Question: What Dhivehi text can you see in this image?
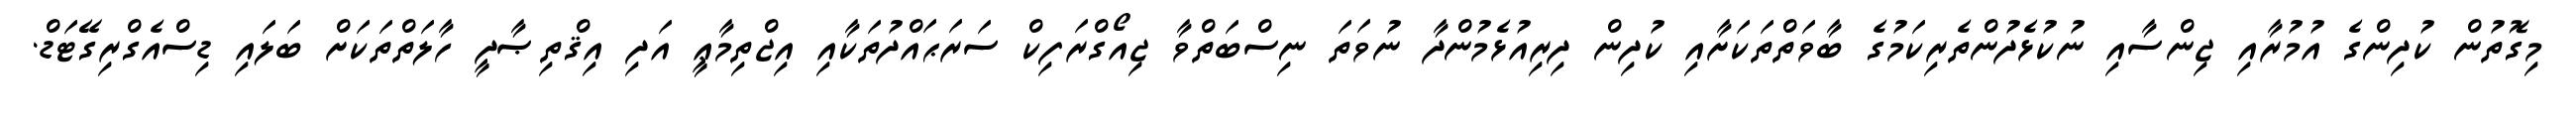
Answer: މިގޮތުން ކުދިންގެ އުމުރާއި ޖިންސާއި ނުކުޅެދުންތެރިކަމުގެ ބާވަތްތަކަށާއި ކުދިން ދިރިއުޅެމުންދާ ނުވަތަ ނިސްބަތްވާ ޖިއޯގްރަފިކް ސަރަޙައްދުތަކާއި އިޖްތިމާޢީ އަދި އިޤްތިޞާދީ ހާލަތްތަކަށް ބަލައި ޑިސްއެގްރިގޭޓަޑް.